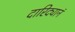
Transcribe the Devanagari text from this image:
दारिद्यानं